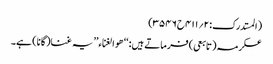
(المستدرک:۲؍۴۱۱ح۳۵۴۶)
عکرمہ(تابعی) فرماتے ہیں:‘‘ ھو الغناء’’ یہ غنا(گانا) ہے۔